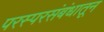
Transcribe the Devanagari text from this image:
परस्परसंबंधातून